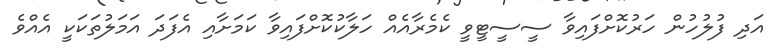
އަދި ފުލުހުން ހަރުކޮށްފައިވާ ސީސީޓީވީ ކެމެރާއެއް ހަލާކުކޮށްފައިވާ ކަމަށާއި އެފަދަ އަމަލުތަކަކީ އެއްވެ